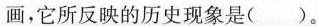
画，它所反映的历史现象是（ ）。